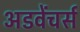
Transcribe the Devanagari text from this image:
अडवेंचर्स